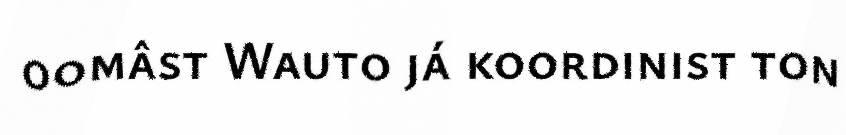
oomâst Wauto já koordinist ton